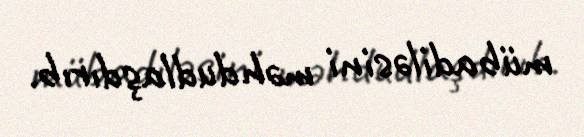
mübadiləsini məhdudlaşdırıb.